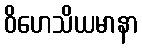
ဝိဟေသိယမာနာ